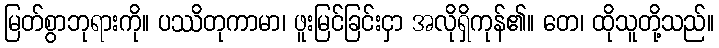
မြတ်စွာဘုရားကို။ ပဿိတုကာမာ၊ ဖူးမြင်ခြင်းငှာ အလိုရှိကုန်၏။ တေ၊ ထိုသူတို့သည်။